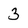
Character: 3